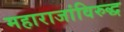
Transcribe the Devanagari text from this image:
महाराजांविरुद्ध